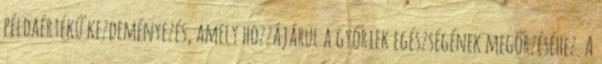
példaértékű kezdeményezés, amely hozzájárul a győriek egészségének megőrzéséhez. A